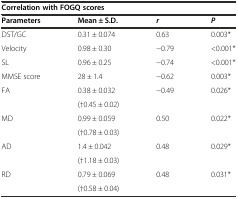
<table><thead><tr><td colspan="4"><b>Correlation with FOGQ scores</b></td></tr><tr><td><b>Parameters</b></td><td><b>Mean ± S.D.</b></td><td><b><i>r</i></b></td><td><b><i>P</i></b></td></tr></thead><tbody><tr><td>DST/GC</td><td>0.31 ± 0.074</td><td>0.63</td><td>0.003*</td></tr><tr><td>Velocity</td><td>0.98 ± 0.30</td><td>−0.79</td><td>&lt;0.001*</td></tr><tr><td>SL</td><td>0.96 ± 0.25</td><td>−0.74</td><td>&lt;0.001*</td></tr><tr><td>MMSE score</td><td>28 ± 1.4</td><td>−0.62</td><td>0.003*</td></tr><tr><td rowspan="2">FA</td><td>0.38 ± 0.032</td><td rowspan="2">−0.49</td><td rowspan="2">0.026*</td></tr><tr><td>(†0.45 ± 0.02)</td></tr><tr><td rowspan="2">MD</td><td>0.99 ± 0.059</td><td rowspan="2">0.50</td><td rowspan="2">0.022*</td></tr><tr><td>(†0.78 ± 0.03)</td></tr><tr><td rowspan="2">AD</td><td>1.4 ± 0.042</td><td rowspan="2">0.48</td><td rowspan="2">0.029*</td></tr><tr><td>(†1.18 ± 0.03)</td></tr><tr><td rowspan="2">RD</td><td>0.79 ± 0.069</td><td rowspan="2">0.48</td><td rowspan="2">0.031*</td></tr><tr><td>(†0.58 ± 0.04)</td></tr></tbody></table>